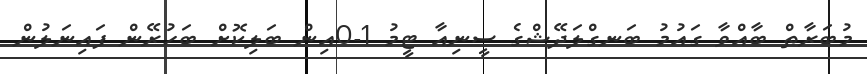
މުބަރާތް ބާއްވާ ގައުމު ބަނގްލަދޭޝްގެ ސީނިއާ ޓީމު 1-0އިން ބަލިކޮށް ބަހުރޭން ފައިނަލުން